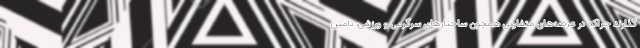
گذارند چراکه در عرصه‌های متفاوتی همچون ساختارهای سرگرمی و ورزشی، تامین